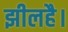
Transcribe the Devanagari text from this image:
झीलहै।